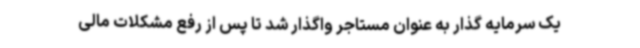
یک سرمایه گذار به عنوان مستاجر واگذار شد تا پس از رفع مشکلات مالی